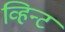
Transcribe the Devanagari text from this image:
व्हिन्ट